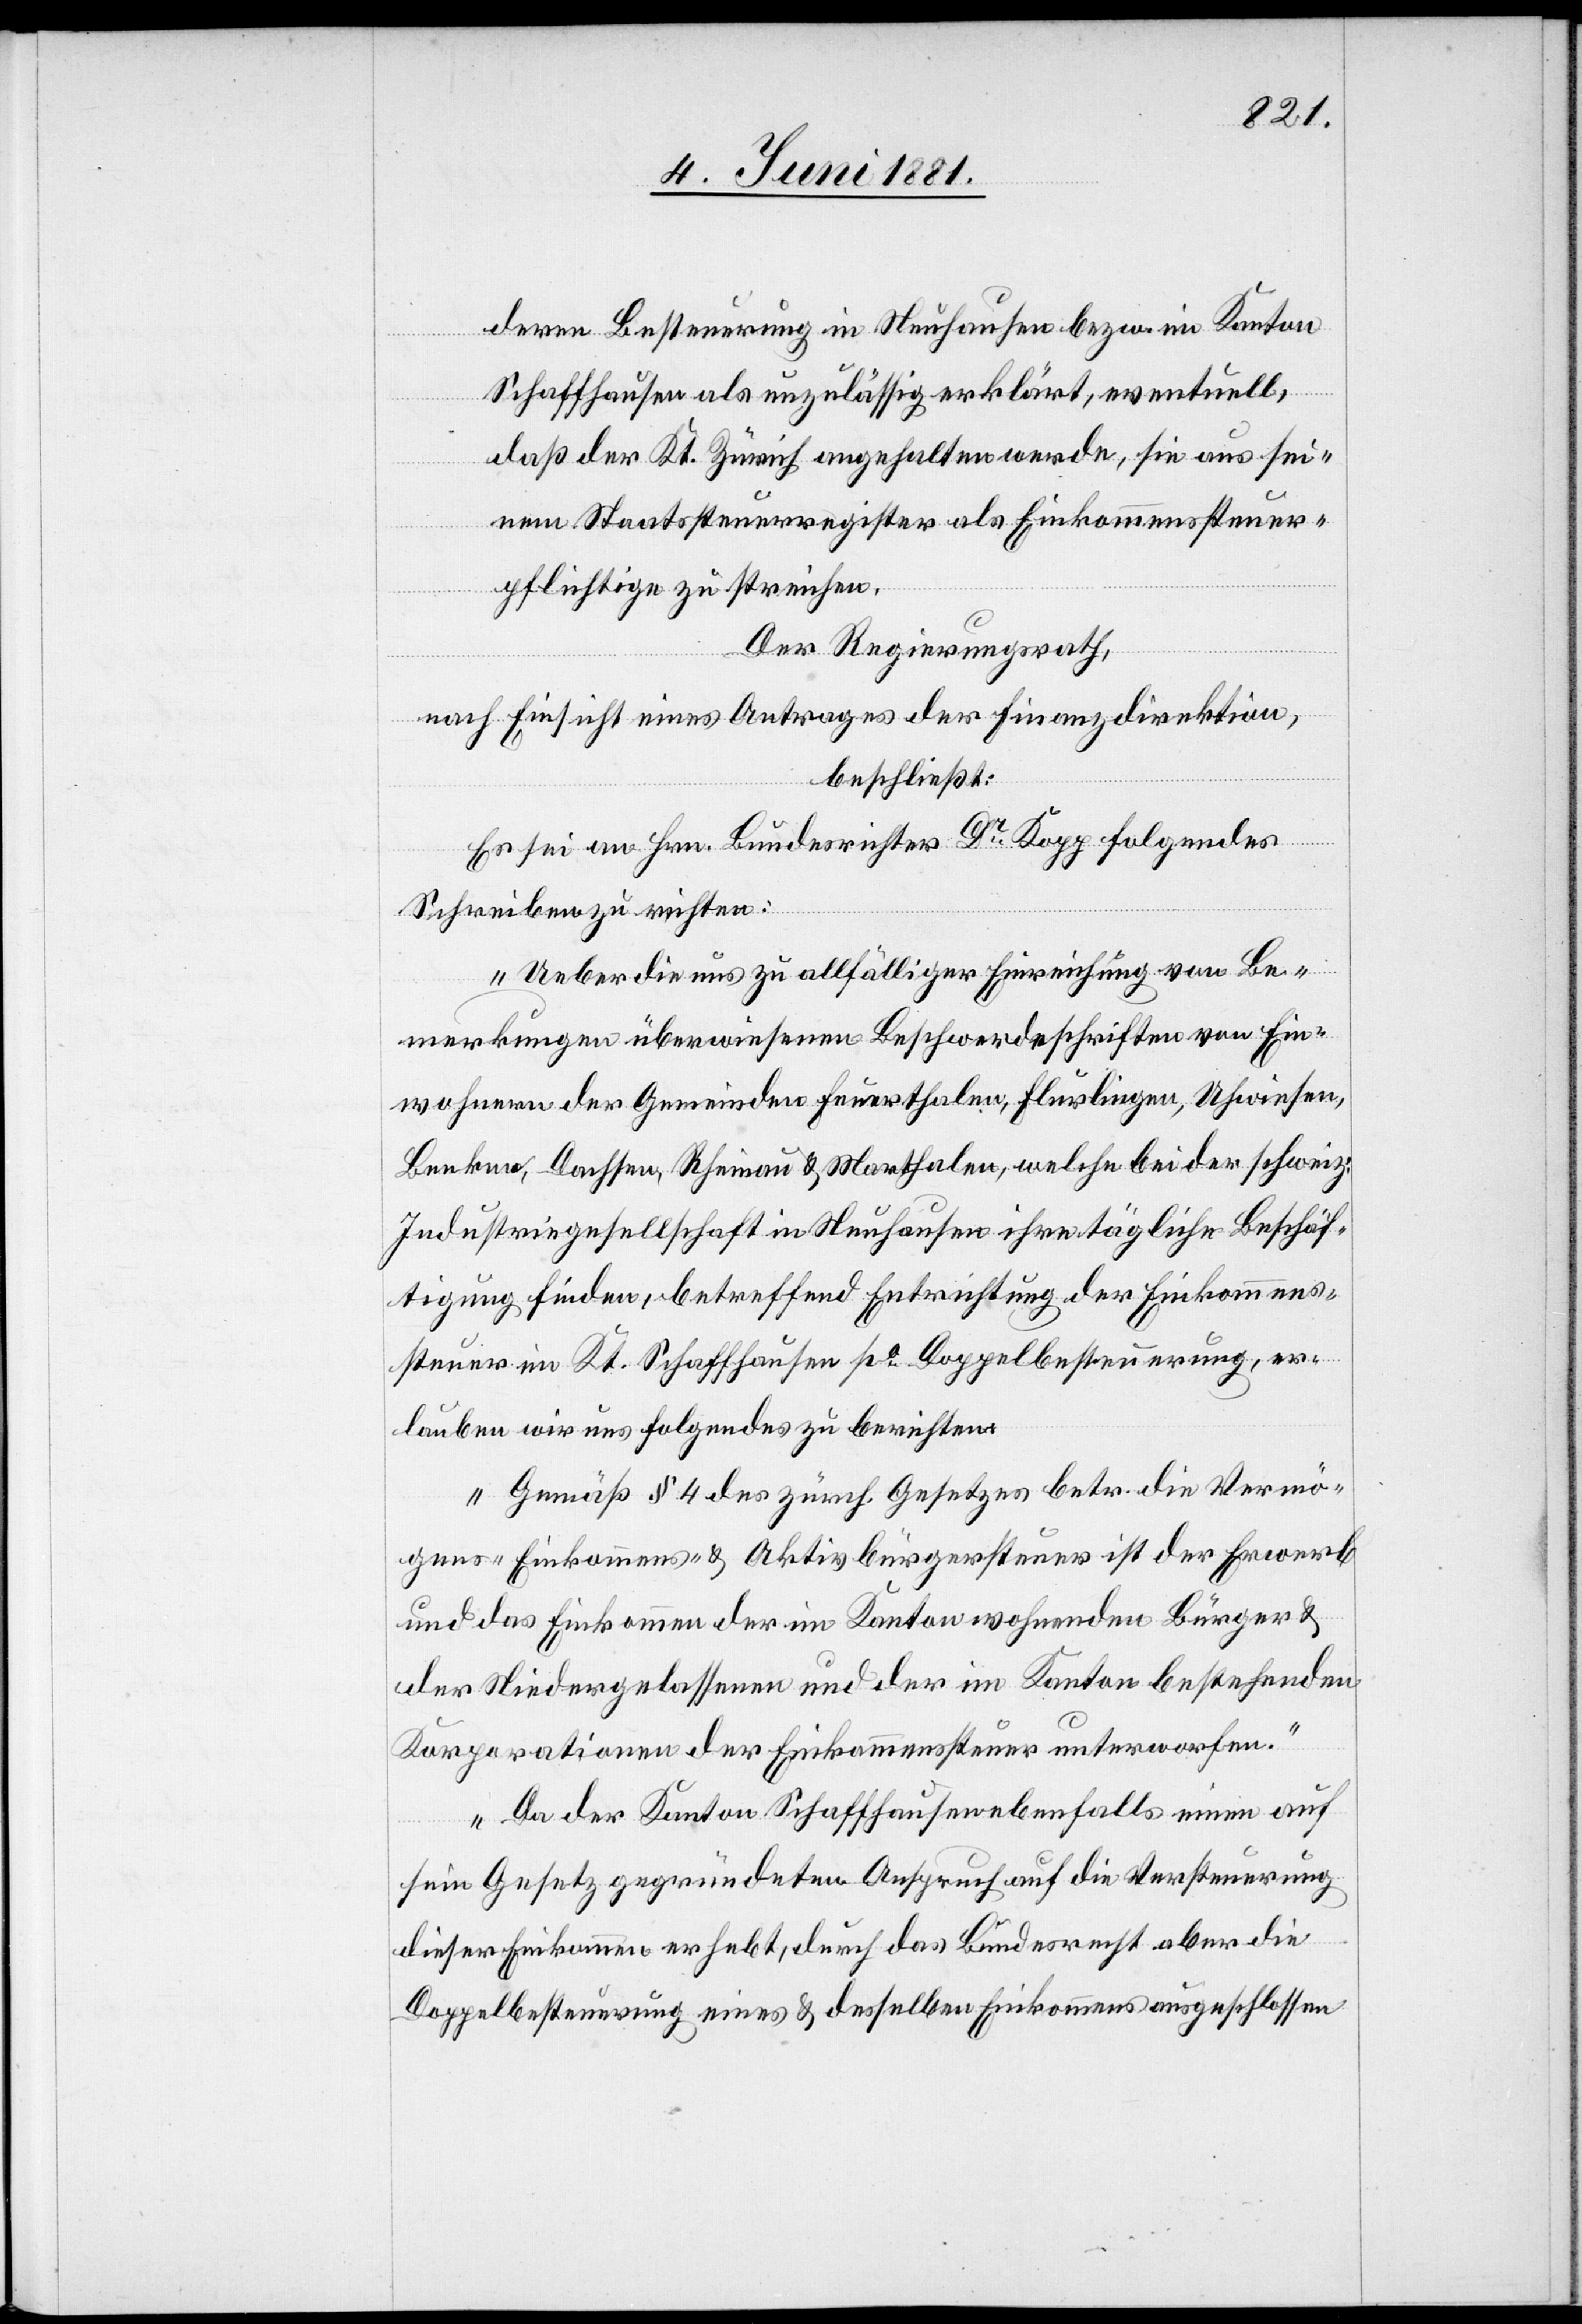
deren Bestimmung in Neuhausen bezw. im Kanton
Schaffhausen als unzulässig erklärt, eventuell,
daß der Kt. Zürich angehalten werde, sie aus sei¬
nem Staatssteuerregister als Einkommenssteuer¬
pflichtige zu streichen.
Der Regierungsrath,
nach Einsicht eines Antrages der Finanzdirektion,
beschließt:
Es sei an Hrn. Bundesrichter Dr Kopp folgendes
Schreiben zu richten:
„Ueber die uns zu allfälliger Einreichung von Be¬
merkungen überwiesenen Beschwerdeschriften von Ein¬
wohnern der Gemeinden Feuerthalen, Flurlingen, Uhwiesen,
Benken, Dachsen, Rheinau & Marthalen, welche bei der schweiz.
Industriegesellschaft in Neuhausen ihre tägliche Beschäf¬
tigung finden, betreffend Entrichtung der Einkommens¬
steuer im Kt. Schaffhausen po Doppelbesteuerung, er¬
lauben wir uns folgendes zu berichten:
Gemäß § 4 des zürch. Gesetzes betr. die Vermö¬
gens-[,] Einkommens- & Aktivbürgersteuer ist der Erwerb
und das Einkommen der im Kanton wohnenden Bürger &
der Niedergelassenen und der im Kanton bestehenden
Korporationen der Einkommenssteuer unterworfen.
Da der Kanton Schaffhausen ebenfalls einen auf
sein Gesetz gegründeten Anspruch auf die Versteuerung
dieser Einkommen erhebt, durch das Bundesrecht aber die
Doppelbesteuerung eines & desselben Einkommens ausgeschlossen